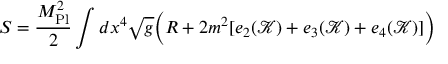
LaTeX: S = { \frac { M _ { \mathrm { P l } } ^ { 2 } } { 2 } } \int d x ^ { 4 } { \sqrt { g } } { \Big ( } R + 2 m ^ { 2 } [ e _ { 2 } ( { \mathcal { K } } ) + e _ { 3 } ( { \mathcal { K } } ) + e _ { 4 } ( { \mathcal { K } } ) ] { \Big ) }